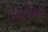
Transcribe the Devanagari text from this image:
सावंतवाडीचा